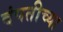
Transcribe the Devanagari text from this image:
दंपतीच्या